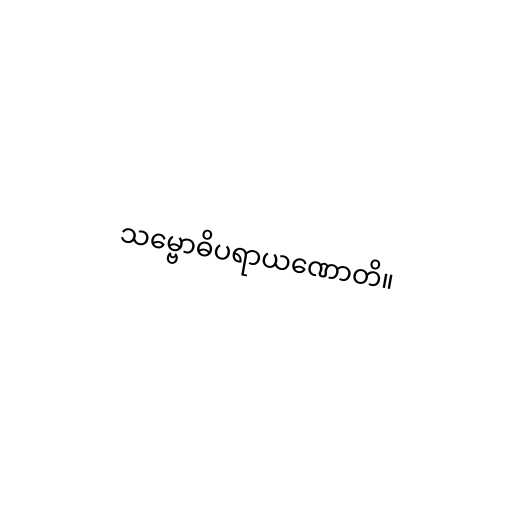
သမ္ဗောဓိပရာယဏောတိ။